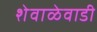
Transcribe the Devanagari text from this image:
शेवाळेवाडी